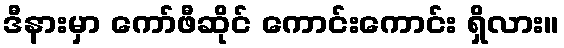
ဒီနားမှာ ကော်ဖီဆိုင် ကောင်းကောင်း ရှိလား။